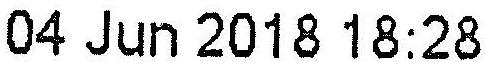
04 JUN 2018 18:28